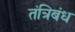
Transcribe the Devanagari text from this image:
तंत्रिबंध